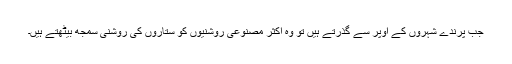
جب پرندے شہروں کے اوپر سے گذرتے ہیں تو وہ اکثر مصنوعی روشنیوں کو ستاروں کی روشنی سمجھ بیٹھتے ہیں۔